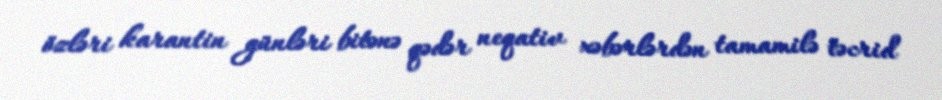
özləri karantin günləri bitənə qədər neqativ xəbərlərdən tamamilə təcrid